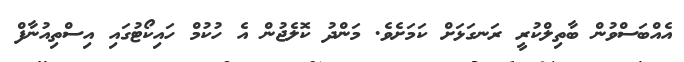
އެއްބަސްވުން ބާތިލްކުރީ ރަނގަޅަށް ކަމަށެވެ. މަންދު ކޮލެޖުން އެ ހުކުމް ހައިކޯޓުގައި އިސްތިއުނާފް